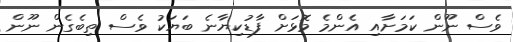
ވެސް ނޫން ކަމަށާއި އެންމެ މޮޅަށް ފާޑުކިޔާނެ ބަޔަކު ވެސް ތިބެގެން ނޫން